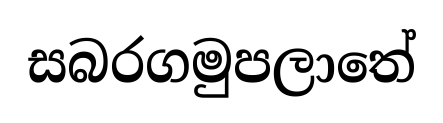
සබරගමුපලාතේ